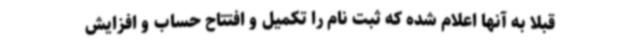
قبلا به آنها اعلام شده که ثبت نام را تکمیل و افتتاح حساب و افزایش